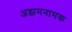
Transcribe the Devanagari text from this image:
अझमनामक